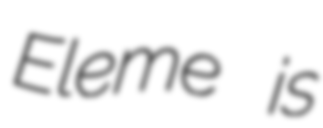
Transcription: Eleme is